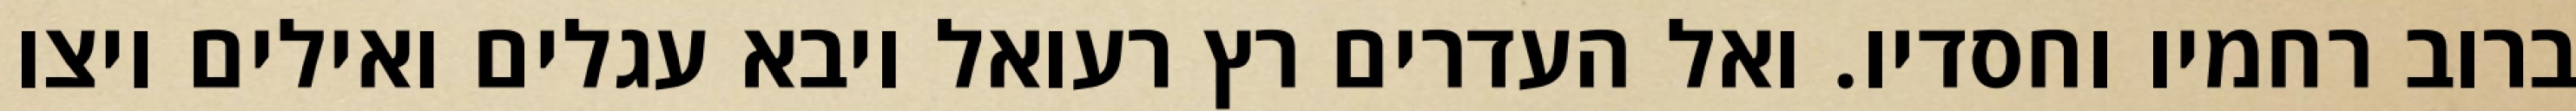
ברוב רחמיו וחסדיו. ואל העדרים רץ רעואל ויבא עגלים ואילים ויצו